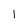
Character: 1